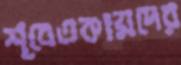
শ্বেতকায়দের